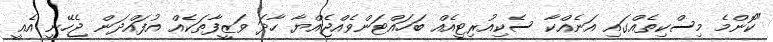
"ކޮންމެ މިސްކިތެއްގައި އަނެއްކާ ސެކިއުރިޓީއެއް ބަހައްޓަންވެއްޖެއްޔާ ހާދަ ވަޒީފާތަކެއް އުފައްދަން ޖެހޭނީ އެއީ